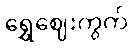
ရွှေဈေးကွက်